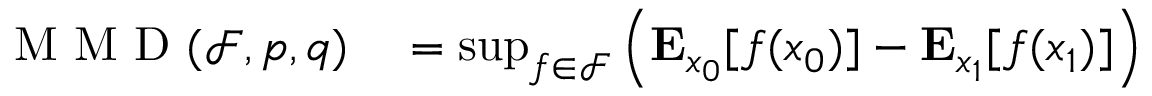
\begin{array} { r l } { \mathrm { ~ M ~ M ~ D ~ } ( \mathcal { F } , p , q ) } & { { } = \operatorname* { s u p } _ { f \in \mathcal { F } } \left( \mathbf { E } _ { x _ { 0 } } [ f ( x _ { 0 } ) ] - \mathbf { E } _ { x _ { 1 } } [ f ( x _ { 1 } ) ] \right) } \end{array}